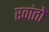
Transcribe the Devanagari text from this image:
रवांतो